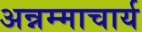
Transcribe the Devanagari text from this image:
अन्नम्माचार्य